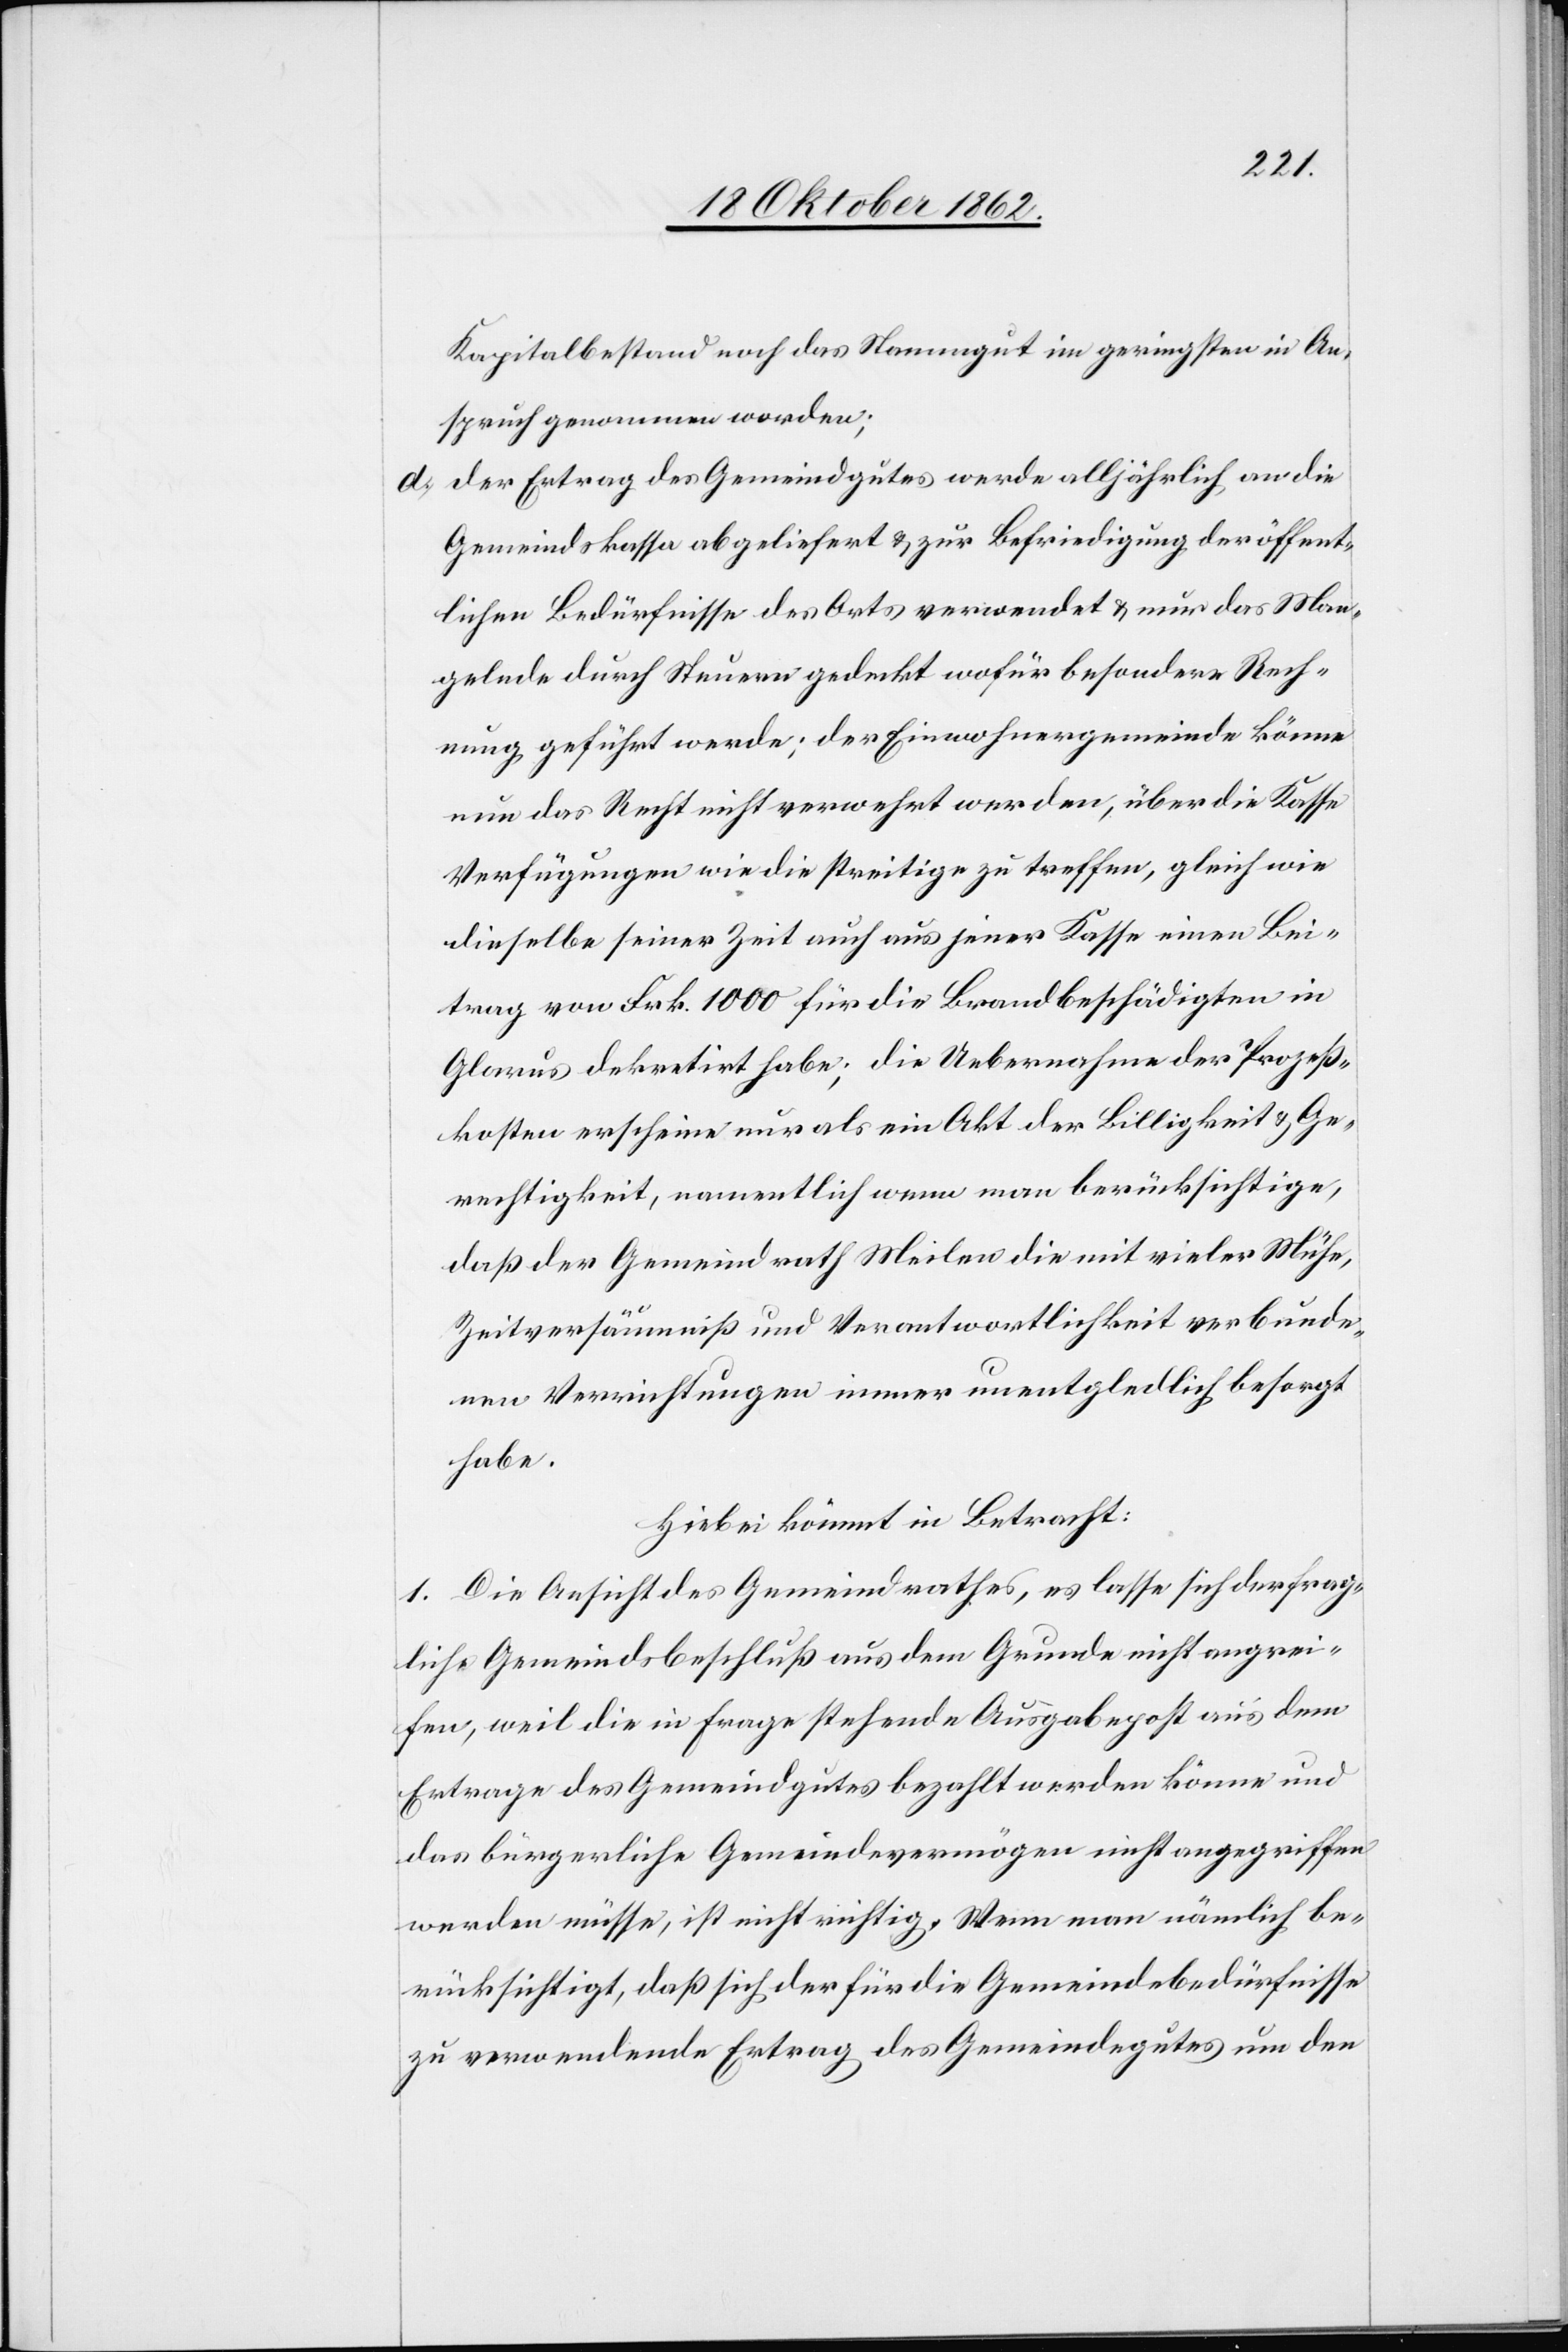
Kapitalbestand noch das Namengut im geringsten in An¬
spruch genommen worden;
d) Der Ertrag des Gemeindgutes werde alljährlich an die
Gemeindskassa abgeliefert u. zur Befriedigung der öffent¬
lichen Bedürfnisse des Orts verwendet u. nur das Man¬
gelnde durch Steuern gedeckt wofür besondere Rech¬
nung geführt werde; der Einwohnergemeinde könne
nun das Recht nicht verwehrt werden, über die Kasse
Verfügungen wir die streitige zu treffen, gleich wie
dieselbe seiner Zeit auch aus jener Kasse einen Bei¬
trag von Frk. 1000 für die Brandbeschädigten in
Glarus dekretirt habe; die Uebernahme der Prozeß¬
kosten erscheine nur als ein Akt der Billigkeit u. Ge¬
rechtigkeit, namentlich wenn man berücksichtige,
daß der Gemeindrath Meilen die mit vieler Mühe,
Zeitversäumniß und Verantwortlichkeit verbunde¬
nen Verrichtungen immer unentgledlich [sic!] besorgt
habe.
Hiebei kömmt in Betracht:
1. Die Ansicht des Gemeindrathes, es lasse ich der frag¬
liche Gemeindsbeschluß aus dem Grunde nicht angrei¬
fen, weil die in Frage stehende Ausgabepost aus dem
Ertrage des Gemeindgutes bezahlt werden könne und
das bürgerliche Gemeindevermögen nicht angegriffen
werden müsse, ist nicht richtig. Wenn man nämlich be¬
rücksichtigt, daß sich der für die Gemeindebedürfnisse
zu verwendende Ertrag des Gemeindegutes um den